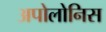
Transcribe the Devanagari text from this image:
अपोलोनिस